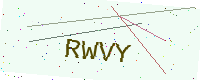
Text: RWVY